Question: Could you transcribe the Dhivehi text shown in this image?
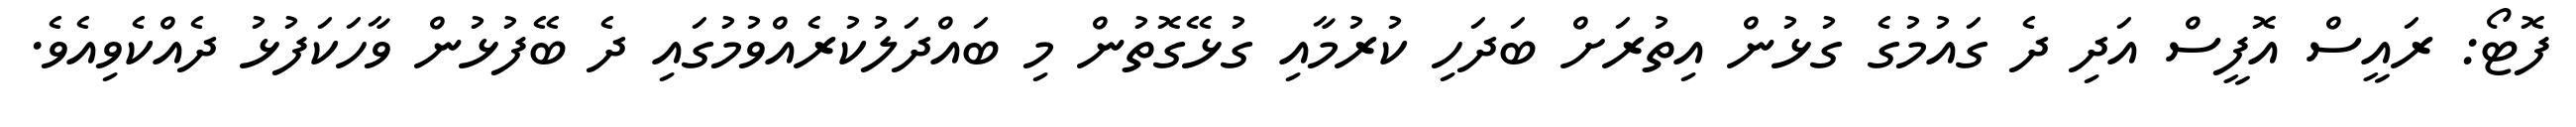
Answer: ފޮޓޯ: ރައީސް އޮފީސް އަދި ދެ ގައުމުގެ ގުޅުން އިތުރަށް ބަދަހި ކުރުމާއި ގުޅޭގޮތުން މި ބައްދަލުކުރެއްވުމުގައި ދެ ބޭފުޅުން ވާހަކަފުޅު ދެއްކެވިއެވެ.